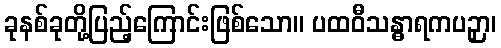
ခုနစ်ခုတို့ပြည့်ကြောင်းဖြစ်သော။ ပထဝီသန္ဓာရကပဉှာ၊